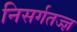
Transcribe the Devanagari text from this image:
निसर्गतज्ज्ञ